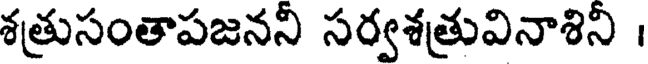
శత్రుసంతాపజననీ సర్వశత్రువినాశిని ।